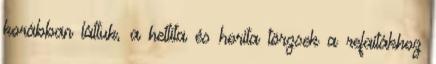
korábban láttuk, a hettita és horita törzsek a refaitákhoz